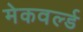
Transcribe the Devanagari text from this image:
मेकवर्ल्ड